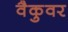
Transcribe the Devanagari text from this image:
वैकुवर